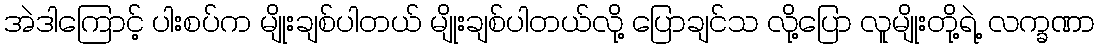
အဲဒါကြောင့် ပါးစပ်က မျိုးချစ်ပါတယ် မျိုးချစ်ပါတယ်လို့ ပြောချင်သ လို့ပြော လူမျိုးတို့ရဲ့ လက္ခဏာ